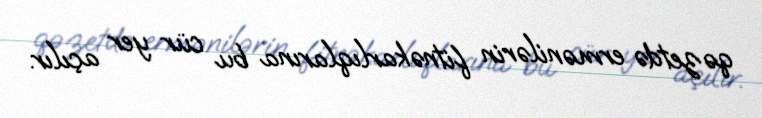
qəzetdə ermənilərin fitnəkarlıqlarına bu cür yer açılır.